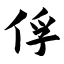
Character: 俘